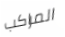
المراكب